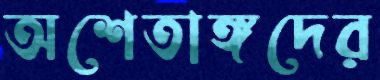
অশেতাঙ্গদের